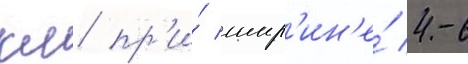
км пр'и́ шир'ин'е́ 4-6